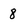
Character: 8